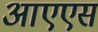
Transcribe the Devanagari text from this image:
आएएस